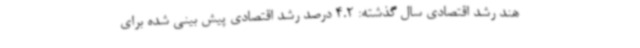
هند رشد اقتصادی سال گذشته: 4.2 درصد رشد اقتصادی پیش بینی شده برای